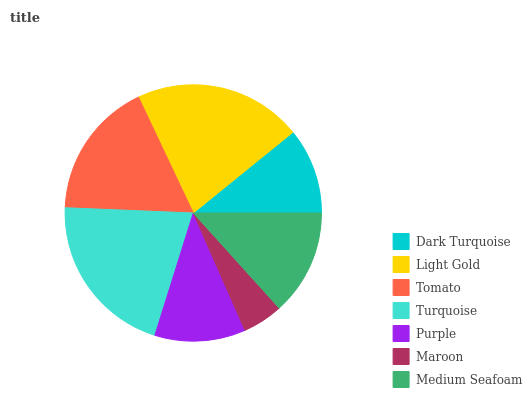
| Dark Turquoise | Light Gold | Tomato | Turquoise | Purple | Maroon | Medium Seafoam |
 | --- | --- | --- | --- | --- | --- | --- |
 | 10.8% | 21.2% | 17.3% | 20.8% | 11.4% | 5.09% | 13.3% |